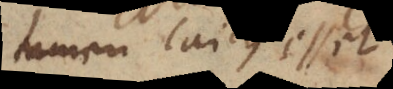
tamen laicus esset.